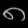
Digit: ၈